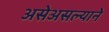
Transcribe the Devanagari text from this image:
असेअसल्याने